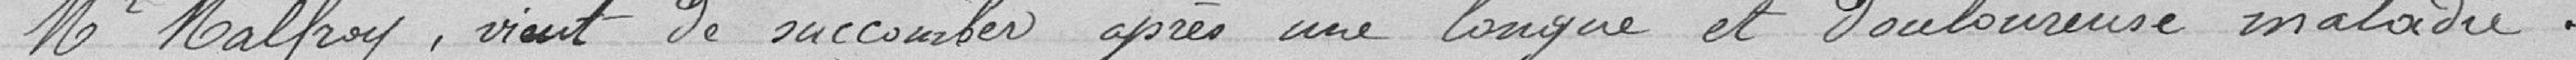
Mr Malfroy, vient de succomber après une longue et douloureuse maladie.